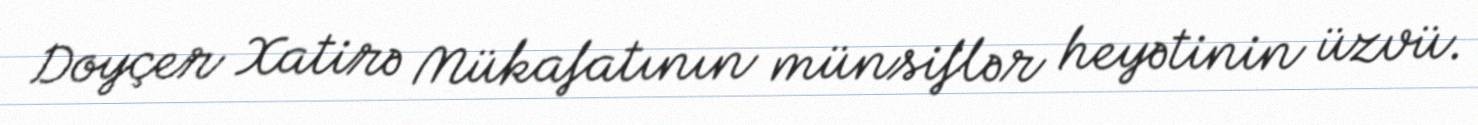
Doyçer Xatirə Mükafatının münsiflər heyətinin üzvü.